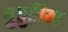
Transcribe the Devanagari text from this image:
घुघुतिया